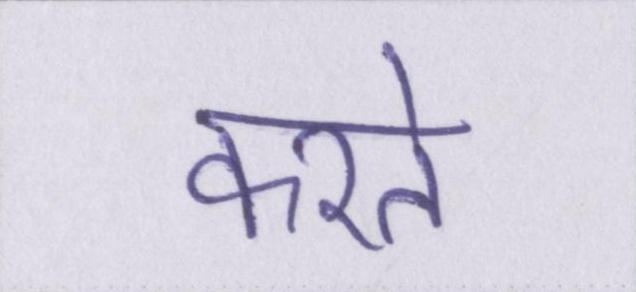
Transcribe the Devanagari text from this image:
करते